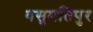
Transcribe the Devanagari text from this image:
वसुमतिपुर